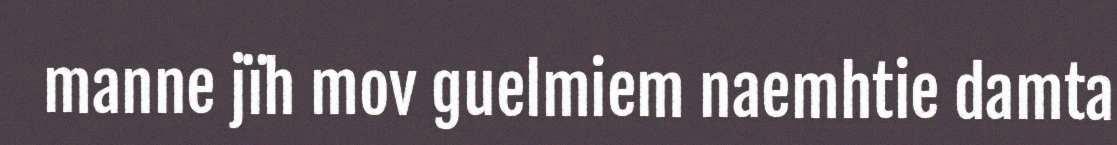
manne jïh mov guelmiem naemhtie damta